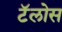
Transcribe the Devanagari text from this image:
टॅलोस